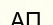
АП